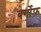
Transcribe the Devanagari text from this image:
बर्गोफ़